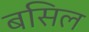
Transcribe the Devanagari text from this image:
बसिल